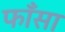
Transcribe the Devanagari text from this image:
फाँसा